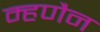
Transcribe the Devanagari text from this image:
म्हणैन